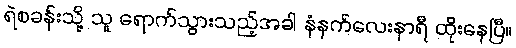
ရဲစခန်းသို့ သူ ရောက်သွားသည့်အခါ နံနက်လေးနာရီ ထိုးနေပြီ။